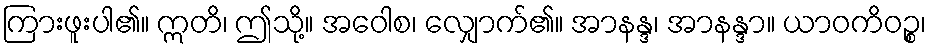
ကြားဖူးပါ၏။ ဣတိ၊ ဤသို့။ အဝေါစ၊ လျှောက်၏။ အာနန္ဒ၊ အာနန္ဒာ။ ယာဝကိဝဉ္စ၊